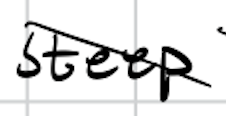
Text: steep
Cross-out: diagonal
Writing tool: digital_black